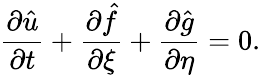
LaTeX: \frac{\partial\hat{u}}{\partial t}+\frac{\partial\hat{f}}{\partial\xi}+\frac{\partial\hat{g}}{\partial\eta}=0.